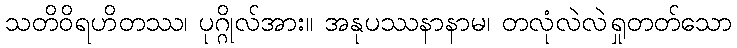
သတိဝိရဟိတဿ၊ ပုဂ္ဂိုလ်အား။ အနုပဿနာနာမ၊ တလုံလဲလဲရှုတတ်သော